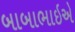
બાબાભાઇએ